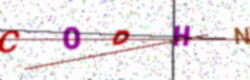
Text: COPHN